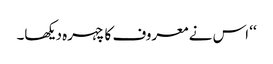
‘‘ اس نے معروف کا چہرہ دیکھا۔